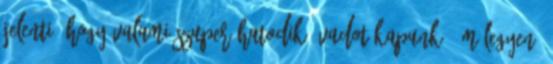
jelenti, hogy valami szuper hatodik évadot kapunk: ám legyen.